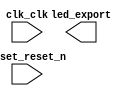

module demo2_waterled (
	clk_clk,
	reset_reset_n,
	led_export);	

	input		clk_clk;
	input		reset_reset_n;
	output	[3:0]	led_export;
endmodule